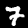
Label: 7